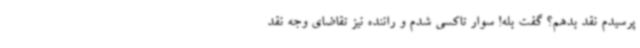
پرسیدم نقد بدهم؟ گفت بله! سوار تاکسی شدم و راننده نیز تقاضای وجه نقد